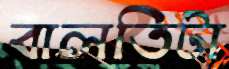
বালতিটা